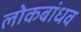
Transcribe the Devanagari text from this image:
लोकबांधव